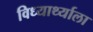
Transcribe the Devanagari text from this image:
विध्यार्थ्याला